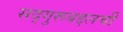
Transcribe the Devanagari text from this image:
सद्‌गुरूबद्दलची